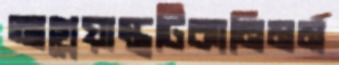
আগ্নেয়াস্ত্রটিকানিমর্ম